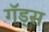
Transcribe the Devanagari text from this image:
गॅड्स